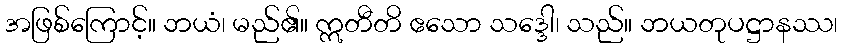
အဖြစ်ကြောင့်။ ဘယံ၊ မည်၏။ ဣတီတိ ဧသော သဒ္ဒေါ၊ သည်။ ဘယတုပဋ္ဌာနဿ၊